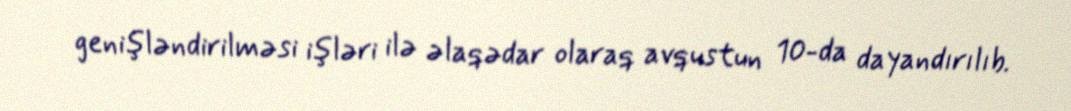
genişləndirilməsi işləri ilə əlaqədar olaraq avqustun 10-da dayandırılıb.